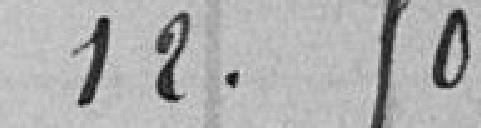
1.50